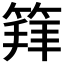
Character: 𥯟